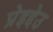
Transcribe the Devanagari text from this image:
प्रेइद्देउ